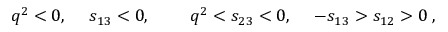
q ^ { 2 } < 0 , \; \quad s _ { 1 3 } < 0 , \; \qquad q ^ { 2 } < s _ { 2 3 } < 0 , \; \quad - s _ { 1 3 } > s _ { 1 2 } > 0 \; ,